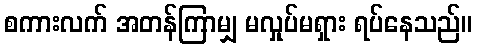
စကားလက် အတန်ကြာမျှ မလှုပ်မရှား ရပ်နေသည်။